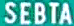
SEBTA